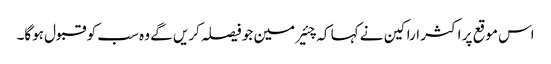
اس موقع پر اکثر اراکین نے کہا کہ چئیرمین جو فیصلہ کریں گے وہ سب کو قبول ہوگا۔